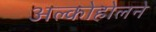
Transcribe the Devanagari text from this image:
अल्कोहोलने